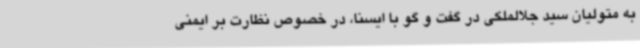
به متولیان سید جلالملکی در گفت و گو با ایسنا، در خصوص نظارت بر ایمنی